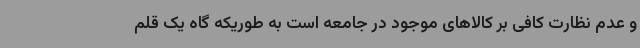
و عدم نظارت کافی بر کالاهای موجود در جامعه است به طوریکه گاه یک قلم